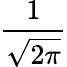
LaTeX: \frac{1}{\sqrt{2\pi}}